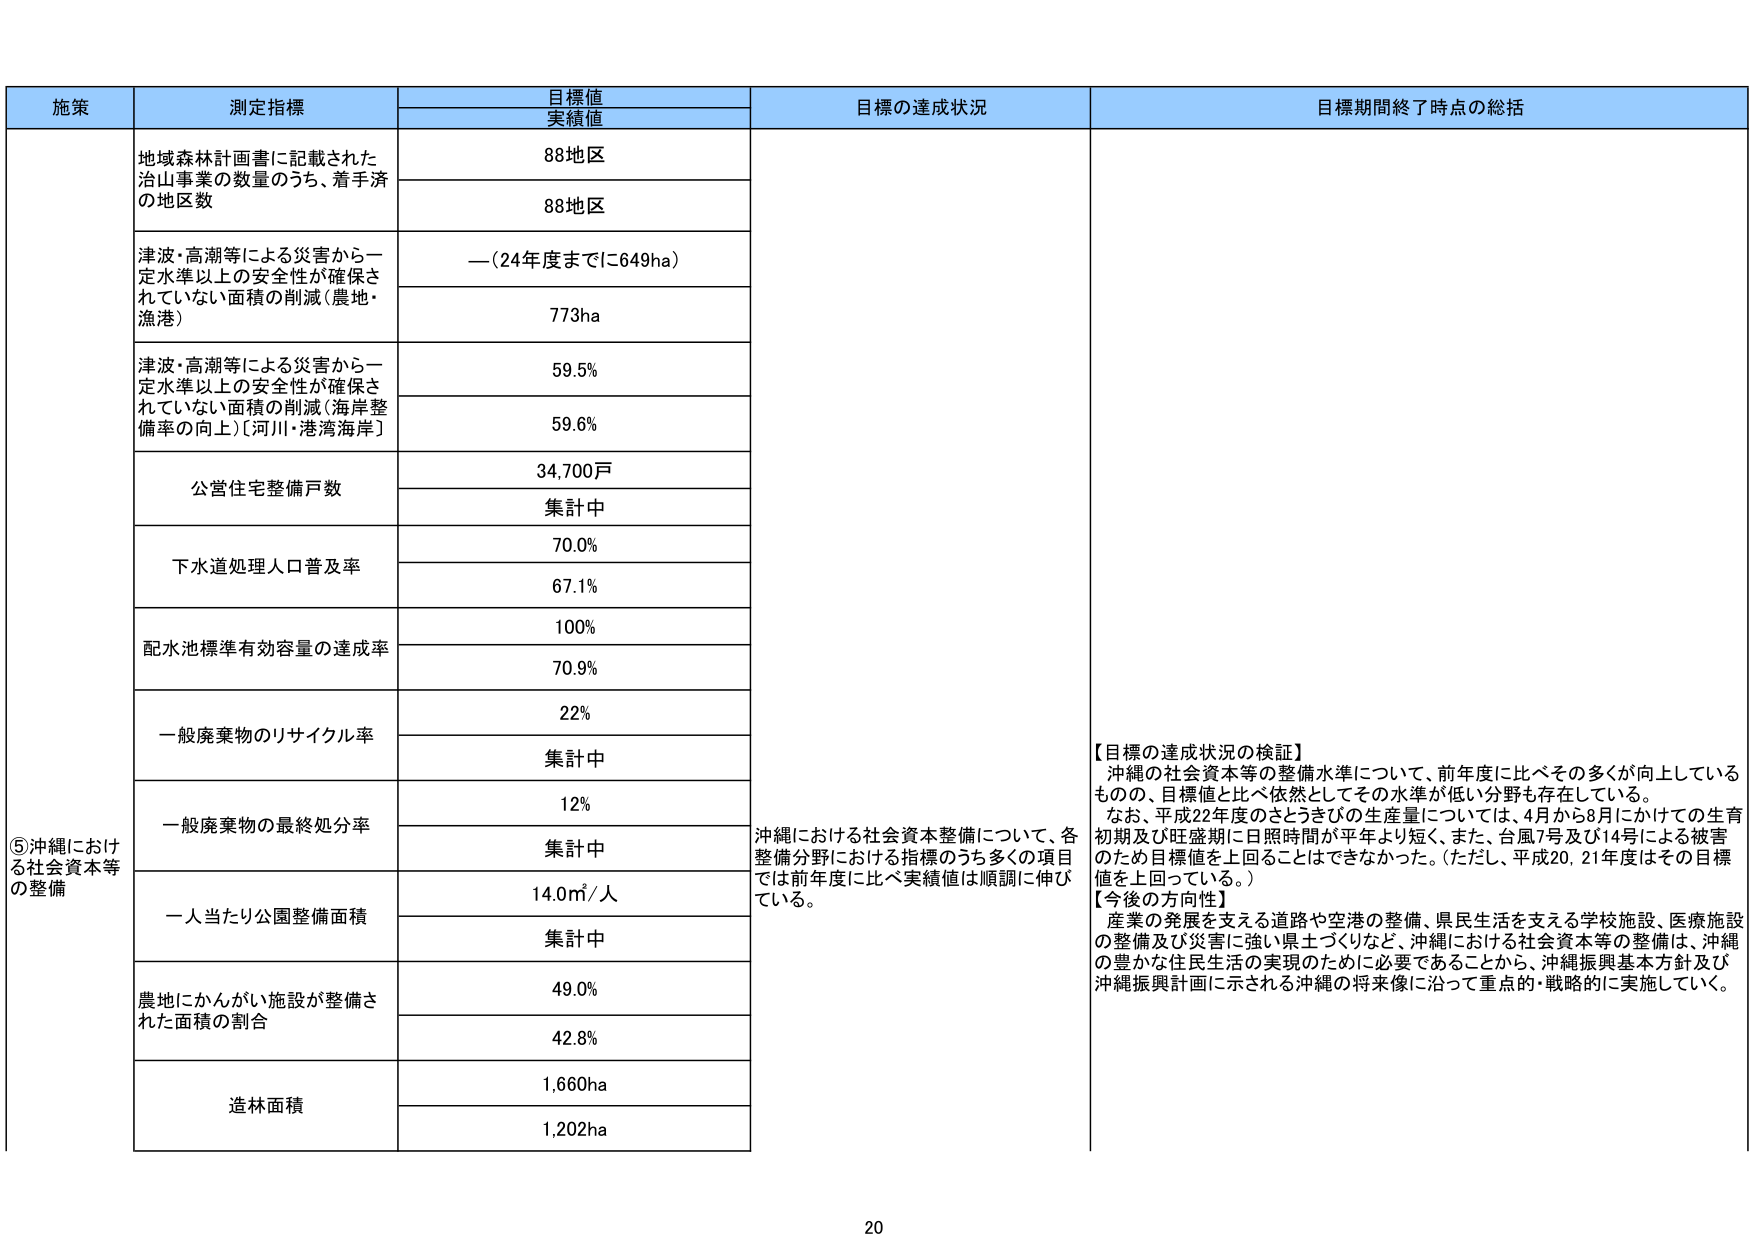
施策 測定指標 目標値 実績値 目標の達成状況 目標期間終了時点の総括
⑤沖縄における社会資本等の整備 地域森林計画書に記載された治山事業の数量のうち、着手済の地区数 88地区 88地区 沖縄における社会資本整備について、各整備分野における指標のうち多くの項目では前年度に比べ実績値は順調に伸びている。 【目標の達成状況の検証】 沖縄の社会資本等の整備水準について、前年度に比べその多くが向上しているものの、目標値と比べ依然としてその水準が低い分野も存在している。 なお、平成22年度のさとうきびの生産量については、4月から8月にかけての生育初期及び旺盛期に日照時間が平年より短く、また、台風7号及び14号による被害のため目標値を上回ることはできなかった。（ただし、平成20、21年度はその目標値を上回っている。） 【今後の方向性】 産業の発展を支える道路や空港の整備、県民生活を支える学校施設、医療施設の整備及び災害に強い県土づくりなど、沖縄における社会資本等の整備は、沖縄の豊かな住民生活の実現のために必要であることから、沖縄振興基本方針及び沖縄振興計画に示される沖縄の将来像に沿って重点的・戦略的に実施していく。 津波・高潮等による災害から一定水準以上の安全性が確保されていない面積の削減（農地・漁港） —（24年度までに649ha） 773ha 津波・高潮等による災害から一定水準以上の安全性が確保されていない面積の削減（海岸整備率の向上）〔河川・港湾海岸〕 59.5% 59.6% 公営住宅整備戸数 34,700戸 集計中 下水道処理人口普及率 70.0% 67.1% 配水池標準有効容量の達成率 100% 70.9% 一般廃棄物のリサイクル率 22% 集計中 一般廃棄物の最終処分率 12% 集計中 一人当たり公園整備面積 14.0㎡/人 集計中 農地にかんがい施設が整備された面積の割合 49.0% 42.8% 造林面積 1,660ha 1,202ha 20